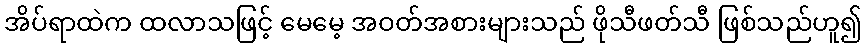
အိပ်ရာထဲက ထလာသဖြင့် မေမေ့ အဝတ်အစားများသည် ဖိုသီဖတ်သီ ဖြစ်သည်ဟူ၍